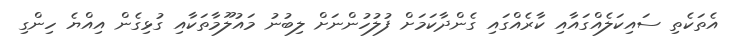
އެތަކެތި ސައިކަލެއްގައާއި ކާރެއްގައި ގެންދާކަމަށް ފުލުހުންނަށް ލިބުނު މައުލޫމާތަކާއި ގުޅިގެން އިއްޔެ ހިންގި